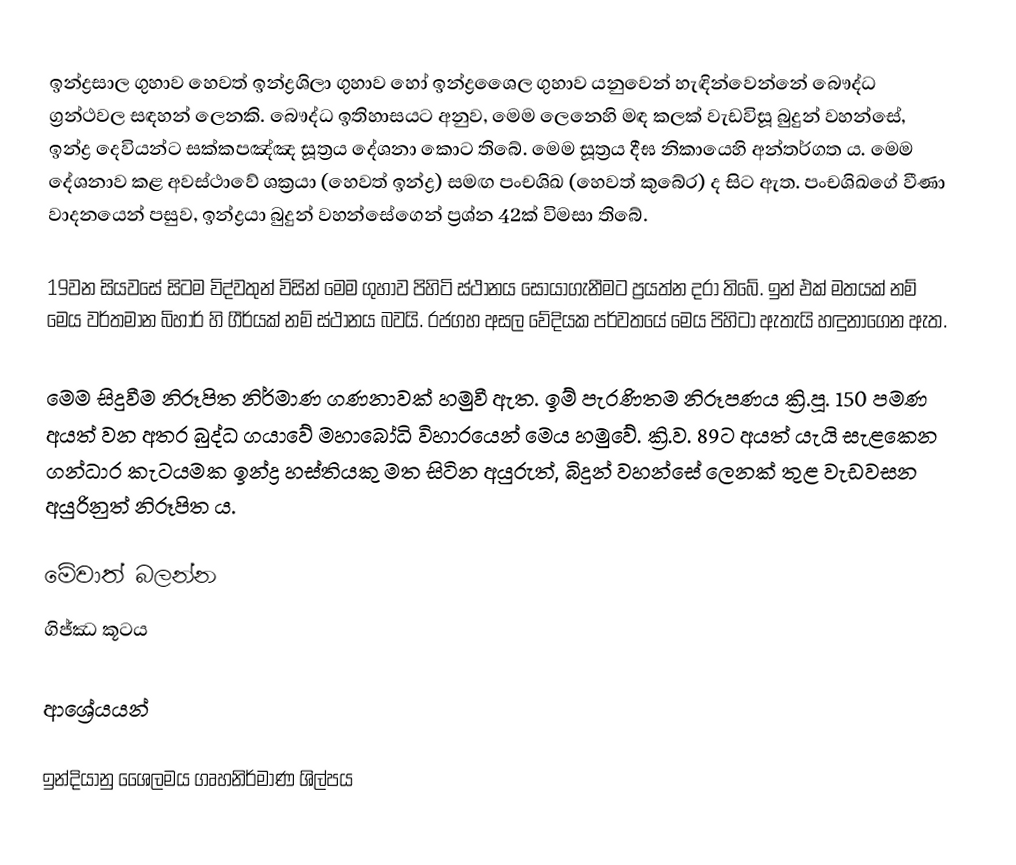
ඉන්ද්‍රසාල ගුහාව හෙවත් ඉන්ද්‍රශිලා ගුහාව හෝ ඉන්ද්‍රශෛල ගුහාව යනුවෙන් හැඳින්වෙන්නේ බෞද්ධ ග්‍රන්ථවල සඳහන් ලෙනකි. බෞද්ධ ඉතිහාසයට අනුව, මෙම ලෙනෙහි මඳ කලක් වැඩවිසූ බුදුන් වහන්සේ, ඉන්ද්‍ර දෙවියන්ට සක්කපඤ්ඤ සූත්‍රය දේශනා කොට තිබේ. මෙම සූත්‍රය දීඝ නිකායෙහි අන්තර්ගත ය. මෙම දේශනාව කළ අවස්ථාවේ ශක්‍රයා (හෙවත් ඉන්ද්‍ර) සමඟ පංචශිඛ (හෙවත් කුබේර) ද සිට ඇත. පංචශිඛගේ වීණා වාදනයෙන් පසුව, ඉන්ද්‍රයා බුදුන් වහන්සේගෙන් ප්‍රශ්න 42ක් විමසා තිබේ.

19වන සියවසේ සිටම විද්වතුන් විසින් මෙම ගුහාව පිහිටි ස්ථානය සොයාගැනීමට ප්‍රයත්න දරා තිබේ. ඉන් එක් මතයක් නම් මෙය වර්තමාන බිහාර් හි ගීර්යක් නම් ස්ථානය බවයි. රජගහ අසල වේදියක පර්වතයේ මෙය පිහිටා ඇතැයි හඳුනාගෙන ඇත.

මෙම සිදුවීම නිරූපිත නිර්මාණ ගණනාවක් හමුවී ඇත. ඉම් පැරණිතම නිරූපණය ක්‍රි.පූ. 150 පමණ අයත් වන අතර බුද්ධ ගයාවේ මහාබෝධි විහාරයෙන් මෙය හමුවේ. ක්‍රි.ව. 89ට අයත් යැයි සැළකෙන ගන්ධාර කැටයමක ඉන්ද්‍ර හස්තියකු මත සිටින අයුරුත්, බිදුන් වහන්සේ ලෙනක් තුළ වැඩවසන අයුරිනුත් නිරූපිත ය.

මේවාත් බලන්න
 ගිජ්ඣ කූටය

ආශ්‍රේයයන්

ඉන්දියානු ශෛලමය ගෘහනිර්මාණ ශිල්පය